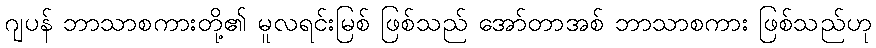
ဂျပန် ဘာသာစကားတို့၏ မူလရင်းမြစ် ဖြစ်သည် အော်တာအစ် ဘာသာစကား ဖြစ်သည်ဟု